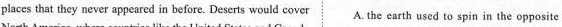
places that they never appeared in before. Deserts would cover A. The earth used to spin in the opposite